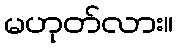
မဟုတ်လား။